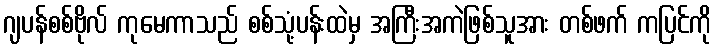
ဂျပန်စစ်ဗိုလ် ကုမေကာသည် စစ်သုံ့ပန်းထဲမှ အကြီးအကဲဖြစ်သူအား တစ်ဖက် ကပြင်ကို